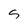
Character: S